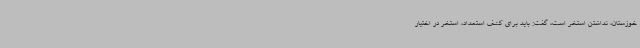
خوزستان، نداشتن استخر است، گفت: باید برای کشف استعداد، استخر در اختیار